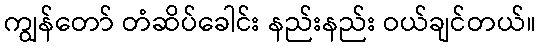
ကျွန်တော် တံဆိပ်ခေါင်း နည်းနည်း ဝယ်ချင်တယ်။